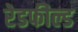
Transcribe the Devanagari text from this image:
रेडफील्ड